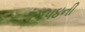
૧૫૫૪ની